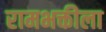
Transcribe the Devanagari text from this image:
रामभक्तीला